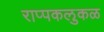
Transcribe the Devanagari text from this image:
राप्पकलुकळ